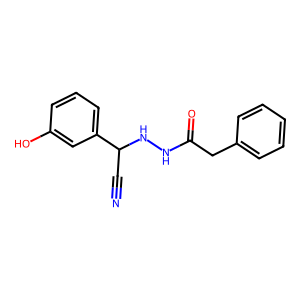
SMILES: N#CC(NNC(=O)Cc1ccccc1)c1cccc(O)c1
Inhibits HIV replication: No